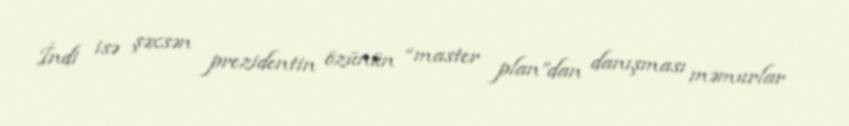
İndi isə şəxsən prezidentin özünün “master plan”dan danışması məmurlar